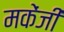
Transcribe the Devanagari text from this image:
मकेंजी